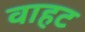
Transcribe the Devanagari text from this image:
वाहट